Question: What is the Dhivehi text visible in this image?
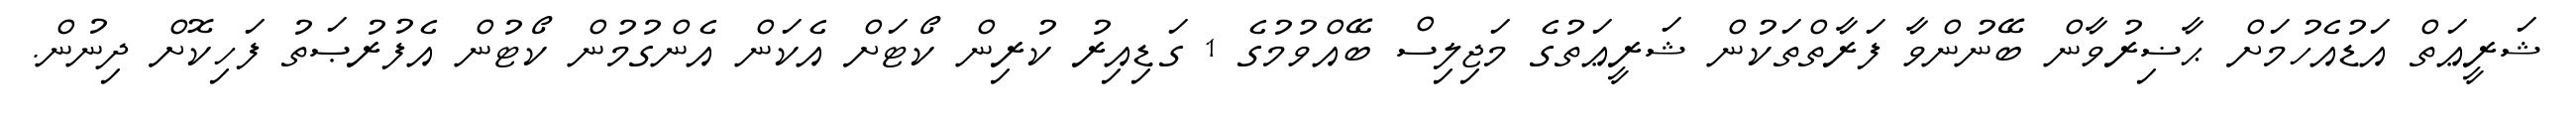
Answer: ޝަރީޢަތް އަޑުއެހުމަށް ޙާޟިރުވާން ބޭނުންވާ ފަރާތްތަކުން ޝަރީޢަތުގެ މަޖިލިސް ބޭއްވުމުގެ 1 ގަޑިއިރު ކުރިން ކޯޓަށް އެކަން އެންގުމުން ކޯޓުން އެފުރުޞަތު ފަހިކޮށް ދިނުން.